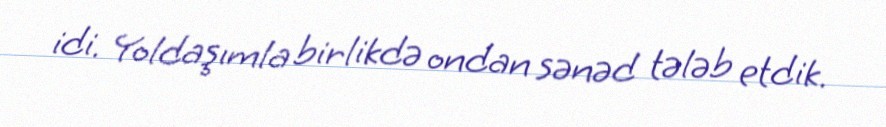
idi. Yoldaşımla birlikdə ondan sənəd tələb etdik.